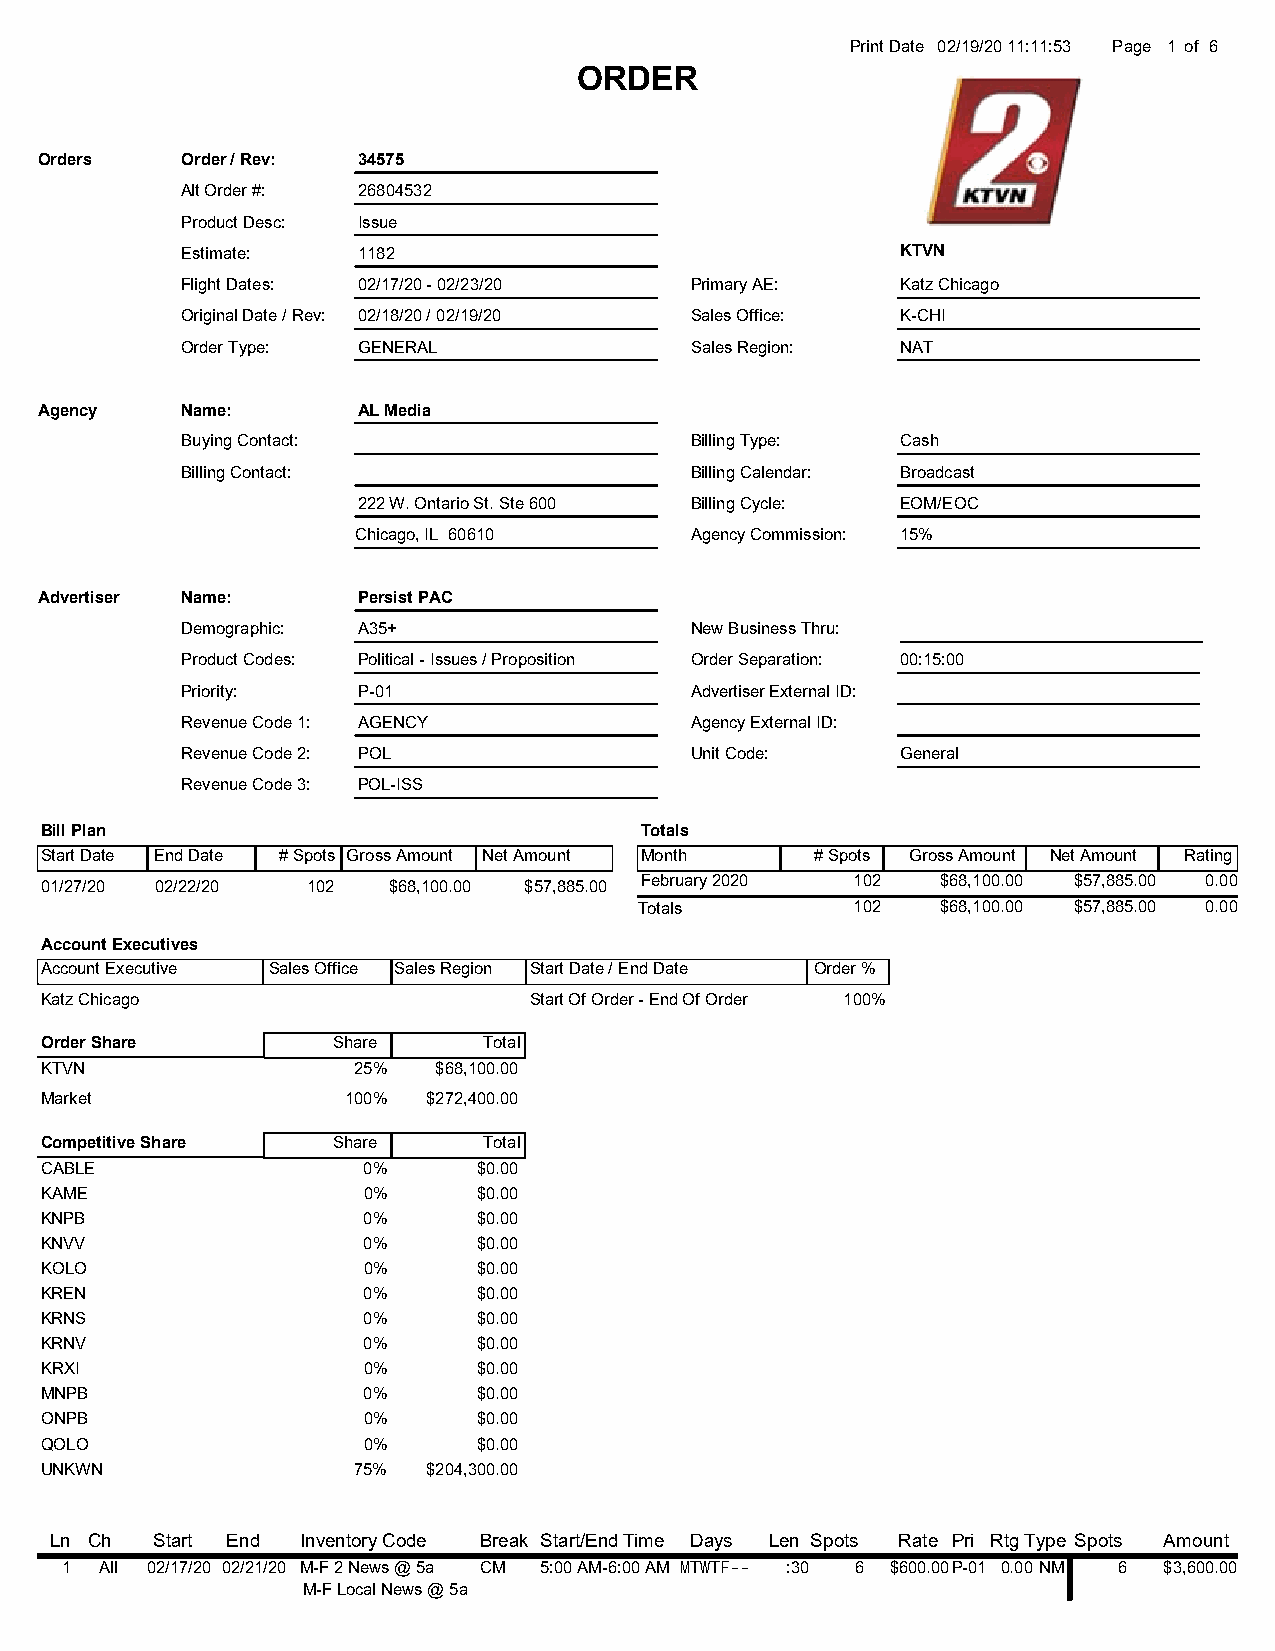
Print Date 02/19/20 11:11:53 Page 1 of 6
 ORDER
 Orders    Order / Rev: 34575
 Alt Order #: 26804532
 Product Desc: Issue
 Estimate:   1182                                KTVN
 Flight Dates: 02/17/20 - 02/23/20 Primary AE:   Katz Chicago
 Original Date / Rev: 02/18/20 / 02/19/20 Sales Office: K-CHI
 Order Type: GENERAL               Sales Region: NAT
 Agency    Name:       AL Media
 Buying Contact:                   Billing Type: Cash
 Billing Contact:                  Billing Calendar: Broadcast
 222 W. Ontario St. Ste 600 Billing Cycle: EOM/EOC
 Chicago, IL 60610      Agency Commission: 15%
 Advertiser Name:      Persist PAC
 Demographic: A35+                 New Business Thru:
 Product Codes: Political - Issues / Proposition Order Separation: 00:15:00
 Priority:   P-01                  Advertiser External ID:
 Revenue Code 1: AGENCY            Agency External ID:
 Revenue Code 2: POL               Unit Code:    General
 Revenue Code 3: POL-ISS
 Bill Plan                              Totals
 Start Date End Date # Spots Gross Amount Net Amount Month # Spots Gross Amount Net Amount Rating
 February 2020  102  $68,100.00 $57,885.00 0.00
 01/27/20 02/22/20 102  $68,100.00 $57,885.00
 Totals         102  $68,100.00 $57,885.00 0.00
 Account Executives
 Account Executive Sales Office Sales Region Start Date / End Date Order %
 Katz Chicago                    Start Of Order - End Of Order 100%
 Order Share        Share     Total
 KTVN                25%   $68,100.00
 Market              100% $272,400.00
 Competitive Share  Share     Total
 CABLE                0%      $0.00
 KAME                 0%      $0.00
 KNPB                 0%      $0.00
 KNVV                 0%      $0.00
 KOLO                 0%      $0.00
 KREN                 0%      $0.00
 KRNS                 0%      $0.00
 KRNV                 0%      $0.00
 KRXI                 0%      $0.00
 MNPB                 0%      $0.00
 ONPB                 0%      $0.00
 QOLO                 0%      $0.00
 UNKWN               75%  $204,300.00
 Ln Ch  Start End Inventory Code Break Start/End Time Days Len Spots Rate Pri RtgType Spots Amount
 1  All 02/17/20 02/21/20 M-F 2 News @ 5a CM 5:00 AM-6:00 AM MTWTF-- :30 6 $600.00P-01 0.00 NM 6 $3,600.00
 M-F Local News @ 5a